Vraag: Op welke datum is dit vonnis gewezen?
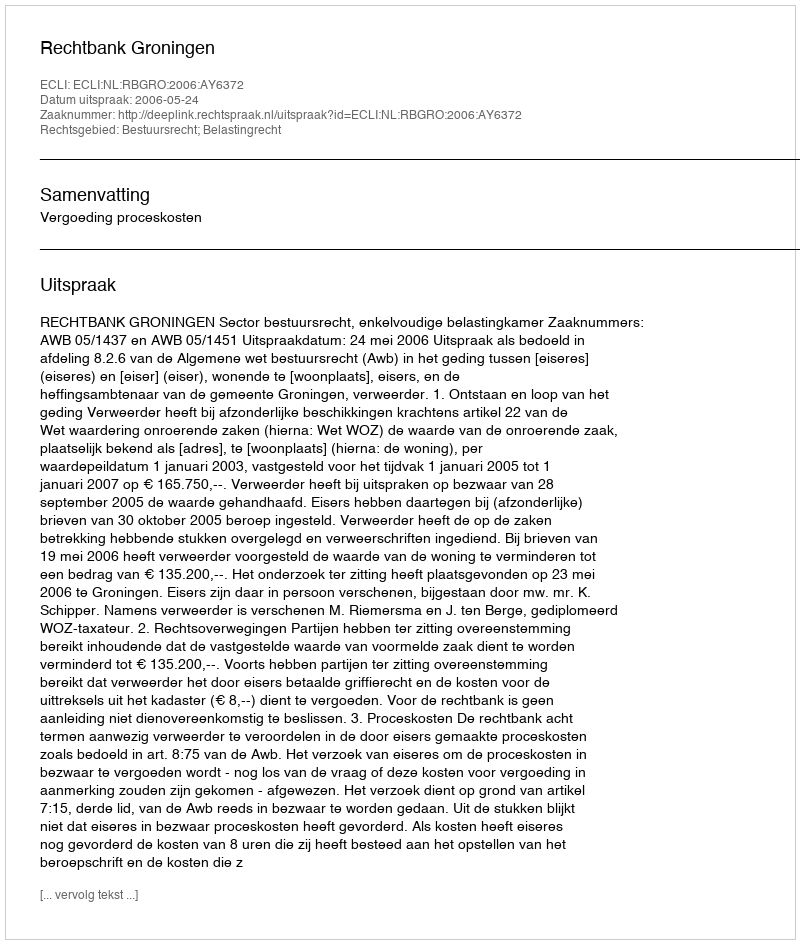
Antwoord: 2006-05-24